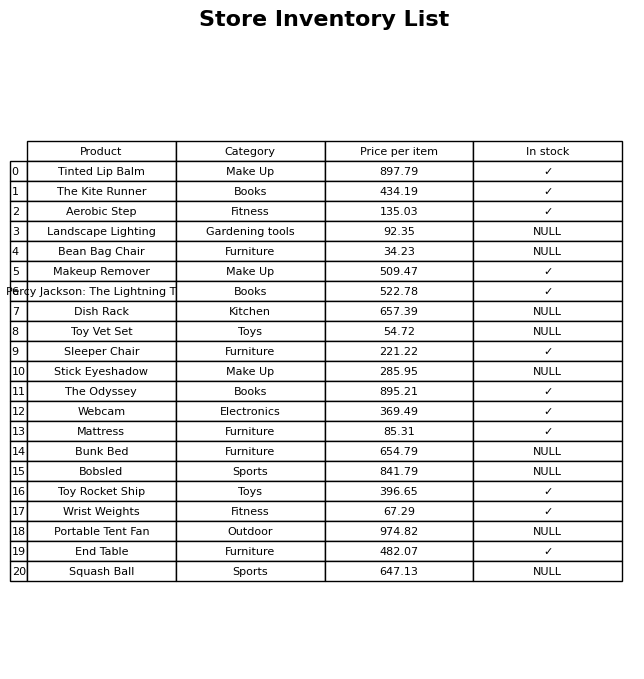
question: Is the Toy Rocket Ship in stock?
answer: ✓